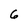
Character: 6